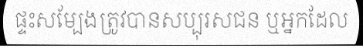
ផ្ទះសម្បែងត្រូវបានសប្បុរសជន ឬអ្នកដែល